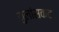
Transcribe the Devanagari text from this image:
मुलांसकट